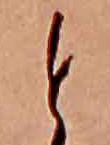
と